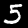
Digit: 5